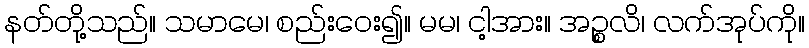
နတ်တို့သည်။ သမာမေ၊ စည်းဝေး၍။ မမ၊ ငါ့အား။ အဉ္စလိ၊ လက်အုပ်ကို။